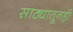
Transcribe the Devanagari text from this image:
साठ्यातूनही